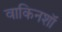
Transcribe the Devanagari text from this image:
वाकिनशॉ